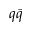
q \bar { q }